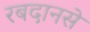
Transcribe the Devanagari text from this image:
रबदानसे